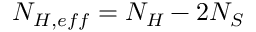
N _ { H , e f f } = N _ { H } - 2 N _ { S }